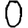
Digit: 0